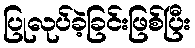
ပြုလုပ်ခဲ့ခြင်းဖြစ်ပြီး